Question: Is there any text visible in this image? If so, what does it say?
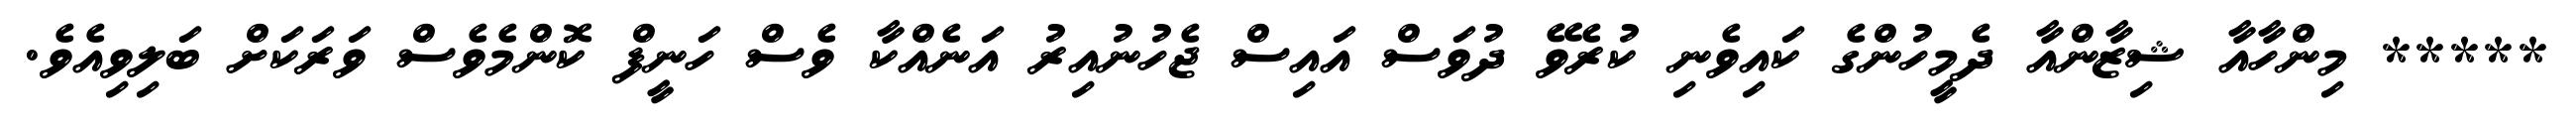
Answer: ***** މިންހާއާ ޝިޒާންއާ ދެމީހުންގެ ކައިވެނި ކުރެވޭ ދުވަސް އައިސް ޖެހުނުއިރު އަނެއްކާ ވެސް ހަނީފް ކޮންމެވެސް ވަރަކަށް ބަލިވިއެވެ.